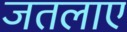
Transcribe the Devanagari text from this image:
जतलाए